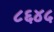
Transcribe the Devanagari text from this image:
८६४५